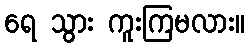
ရေ သွား ကူးကြမလား။